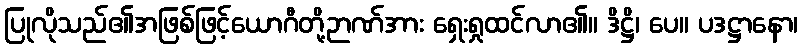
ပြုလိုသည်၏အဖြစ်ဖြင့်ယောဂီတို့ဉာဏ်အား ရှေးရှုထင်လာ၏။ ဒိဋ္ဌိ၊ ပေ။ ပဒဋ္ဌာနော၊